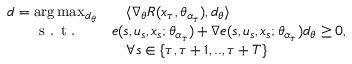
\begin{array} { r l } { d = \arg \operatorname* { m a x } _ { d _ { \theta } } } & { \quad \langle \nabla _ { \theta } R ( x _ { \tau } , \theta _ { \alpha _ { \tau } } ) , d _ { \theta } \rangle } \\ { \textrm { s . t . } \quad } & { e ( s , u _ { s } , x _ { s } ; \theta _ { \alpha _ { \tau } } ) + \nabla e ( s , u _ { s } , x _ { s } ; \theta _ { \alpha _ { \tau } } ) d _ { \theta } \geq 0 , } \\ & { \quad \forall s \in \{ \tau , \tau + 1 , . . , \tau + T \} } \end{array}